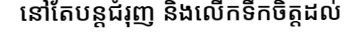
នៅតែបន្តជំរុញ និងលើកទឹកចិត្តដល់